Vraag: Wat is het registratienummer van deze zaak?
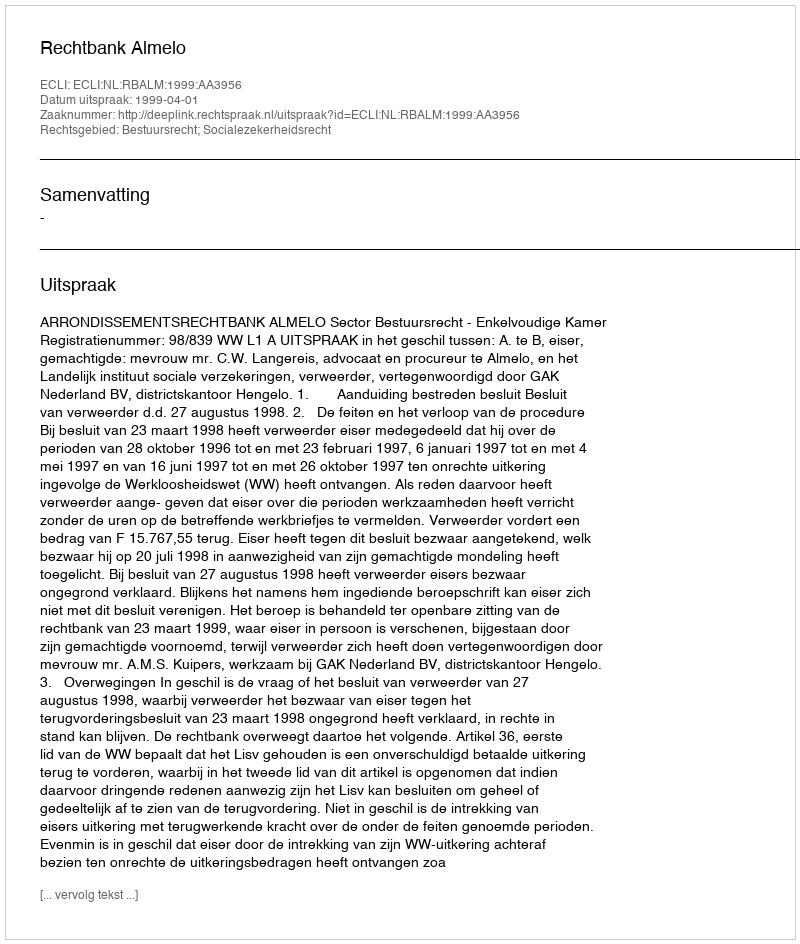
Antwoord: http://deeplink.rechtspraak.nl/uitspraak?id=ECLI:NL:RBALM:1999:AA3956